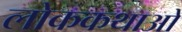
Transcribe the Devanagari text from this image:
लोककथाआें